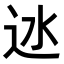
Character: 𨑾